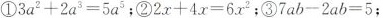
①$$3a^{2}+2a^{2} =5a^{2} $$ ②$$2x+4x=6x^{2}; $$ ③$$7ab-2ab=5$$;